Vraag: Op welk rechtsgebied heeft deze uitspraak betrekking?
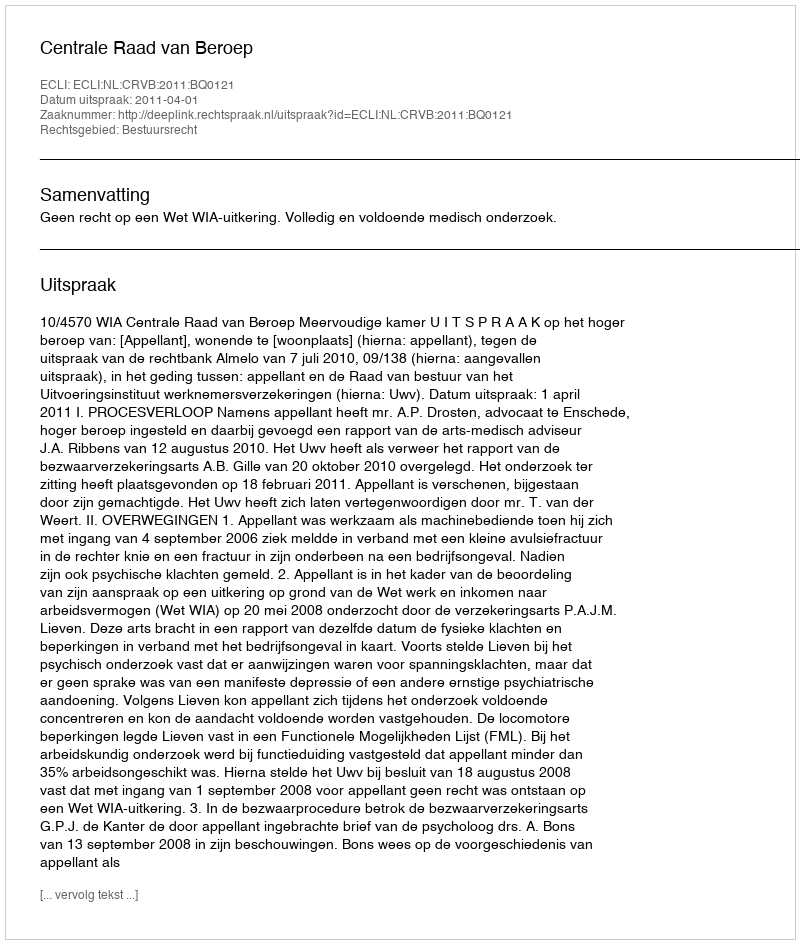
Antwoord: Bestuursrecht